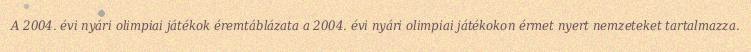
A 2004. évi nyári olimpiai játékok éremtáblázata a 2004. évi nyári olimpiai játékokon érmet nyert nemzeteket tartalmazza.